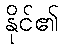
နိုင်၏